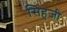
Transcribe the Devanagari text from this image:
सिहजी